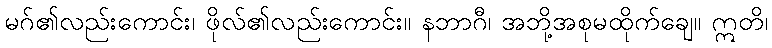
မဂ်၏လည်းကောင်း၊ ဖိုလ်၏လည်းကောင်း။ နဘာဂီ၊ အဘို့အစုမထိုက်ချေ။ ဣတိ၊